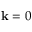
{ \bf k } = 0